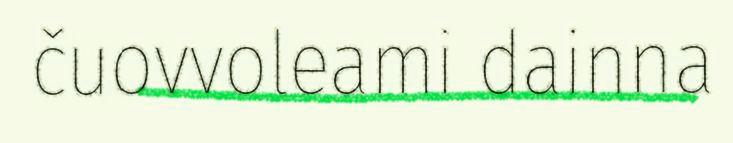
čuovvoleami dainna